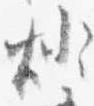
燈